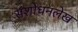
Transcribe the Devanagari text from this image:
संशोधनलेख